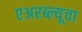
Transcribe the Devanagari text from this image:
एअरब्ल्यूचा